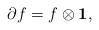
LaTeX: \begin{align*}\partial f = f\otimes \mathbf 1,\end{align*}